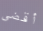
أقضى